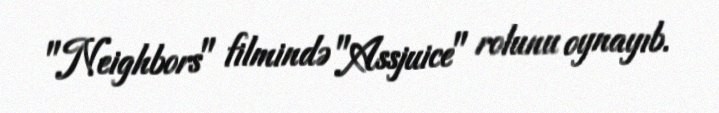
"Neighbors" filmində "Assjuice" rolunu oynayıb.